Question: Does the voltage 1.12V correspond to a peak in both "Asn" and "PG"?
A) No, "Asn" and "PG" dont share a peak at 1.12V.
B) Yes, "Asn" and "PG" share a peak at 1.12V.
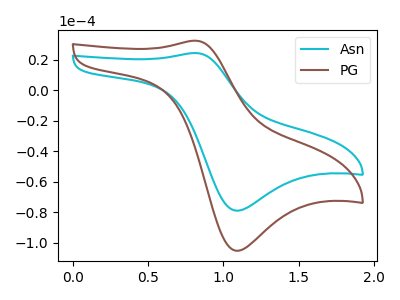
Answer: <think>The cyan curve "Asn" has an anodic peak at (0.80V, 24.30uA) and a cathodic peak at (1.10V, -79.00uA). The brown curve "PG" has an anodic peak at (0.80V, 32.35uA) and a cathodic peak at (1.10V, -105.25uA).</think>
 <answer>A) No, "Asn" and "PG" dont share a peak at 1.12V.</answer>
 <eval>A</eval>